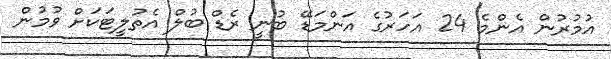
އުމުރުން އެންމެ 24 އަހަރުގެ އަންމަޑޭ ބުނީ ރެޑް ބުލް އެތުލީޓަކަށް ވުމުން